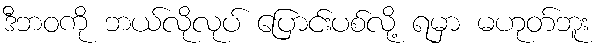
ဒီဘဝကို ဘယ်လိုလုပ် ပြောင်းပစ်လို့ ရမှာ မဟုတ်ဘူး